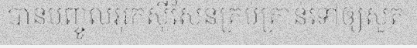
បានបញ្ចូលអុកស៊ីសែនគ្រប់គ្រាន់ទៅឲ្យសួត